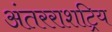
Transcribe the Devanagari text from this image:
अंतरराशट्रिय